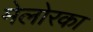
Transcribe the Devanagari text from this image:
मेलोरका